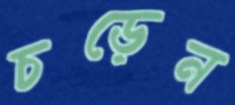
চড়েন